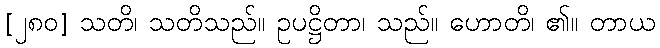
[၂၈၀] သတိ၊ သတိသည်။ ဥပဋ္ဌိတာ၊ သည်။ ဟောတိ၊ ၏။ တာယ